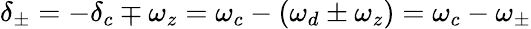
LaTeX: \delta_{\pm}=-\delta_{c}\mp\omega_{z}=\omega_{c}-(\omega_{d}\pm\omega_{z})=\omega_{c}-\omega_{\pm}